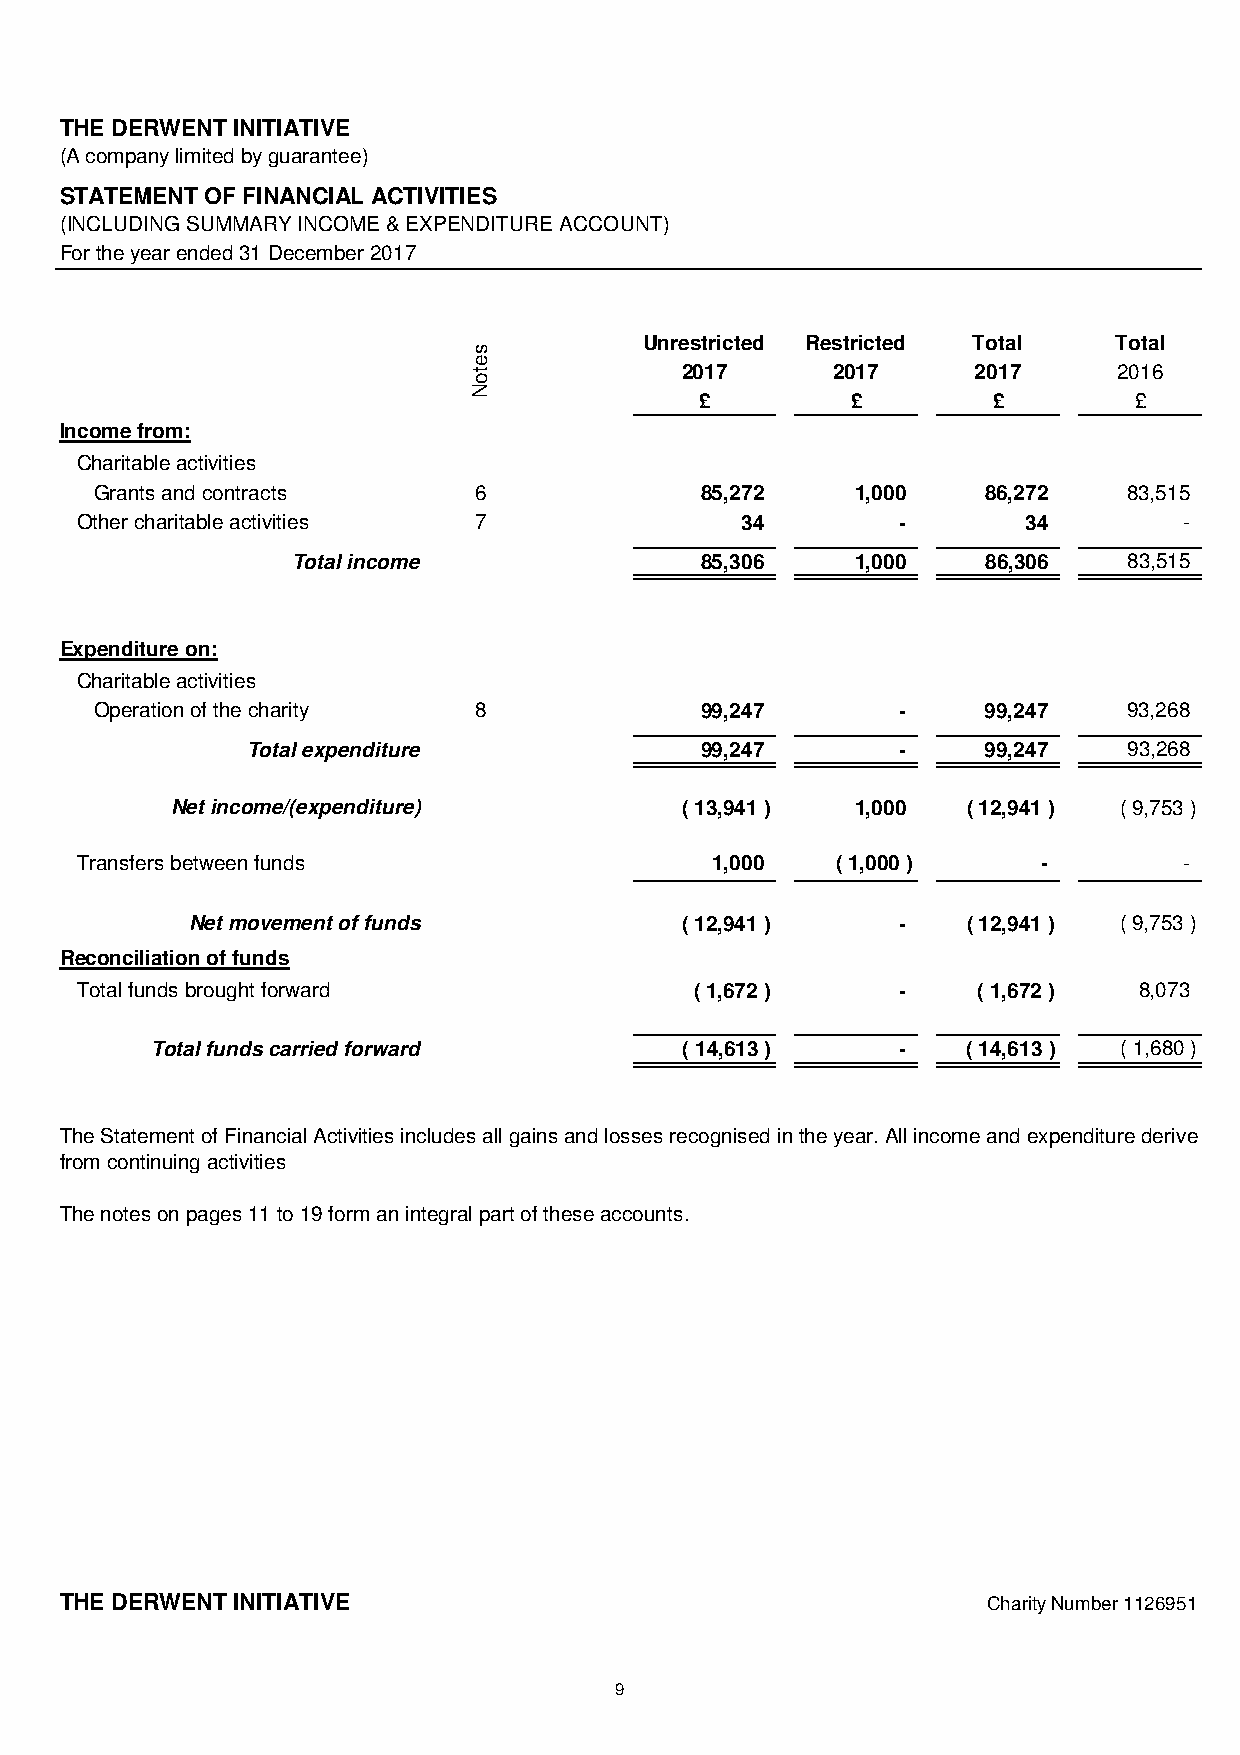
THE DERWENT INITIATIVE
 (A company limited by guarantee)
 STATEMENT OF FINANCIAL ACTIVITIES
 (INCLUDING SUMMARY INCOME & EXPENDITURE ACCOUNT)
 For the year ended 31 December 2017
 Unrestricted Restricted Total  Total
 2017      2017      2017     2016
 £         £         £        £
 Income from:
 Charitable activities
 Grants and contracts     6              85,272     1,000   86,272    83,515
 Other charitable activities 7               34         -       34        -
 Total income               85,306     1,000   86,306    83,515
 Expenditure on:
 Charitable activities
 Operation of the charity 8              99,247        -    99,247    93,268
 Total expenditure             99,247        -    99,247    93,268
 Net income/(expenditure)          ( 13,941 )  1,000  ( 12,941 ) ( 9,753 )
 Transfers between funds                   1,000   ( 1,000 )     -        -
 Net movement of funds           ( 12,941 )     -   ( 12,941 ) ( 9,753 )
 Reconciliation of funds
 Total funds brought forward              ( 1,672 )     -    ( 1,672 ) 8,073
 Total funds carried forward        ( 14,613 )     -   ( 14,613 ) ( 1,680 )
 TheStatementofFinancialActivitiesincludesallgainsandlossesrecognisedintheyear.Allincomeandexpenditurederive
 from continuing activities
 The notes on pages 11 to 19 form an integral part of these accounts.
 THE DERWENT INITIATIVE                                       Charity Number 1126951
 9
 setoN